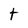
Character: t